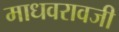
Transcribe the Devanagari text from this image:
माधवरावजी